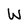
Character: W